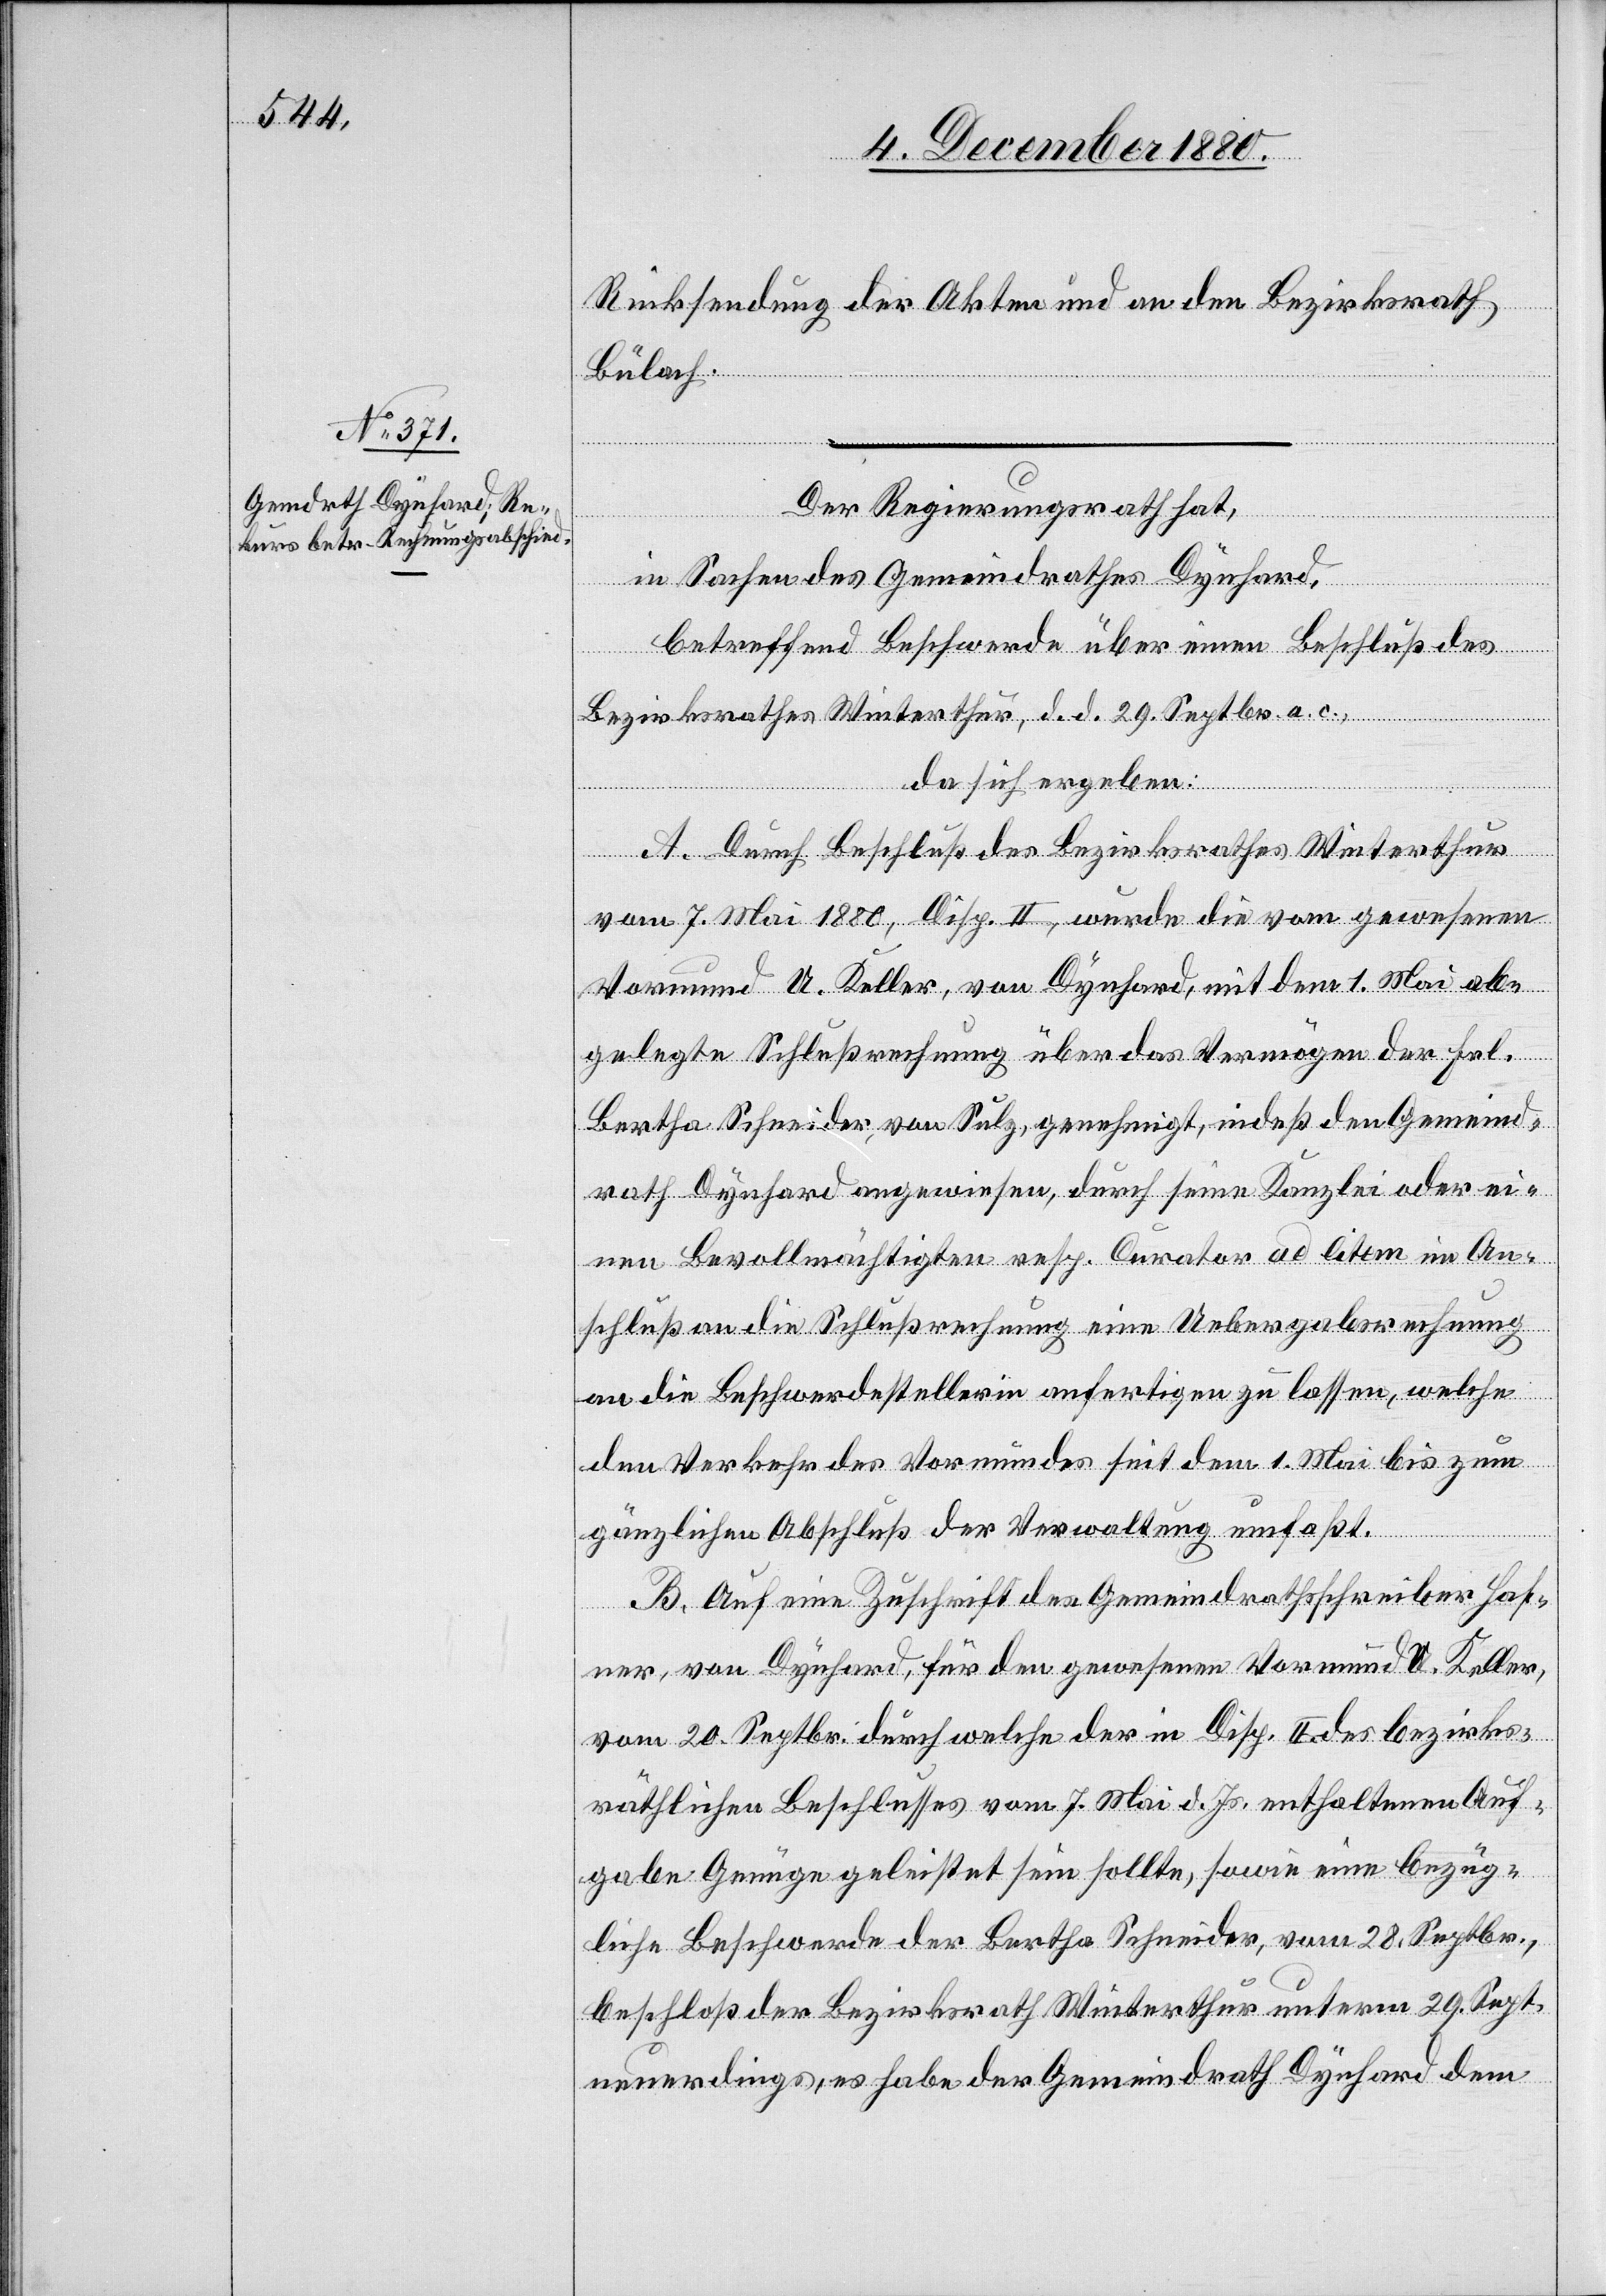
Der Regierungsrath hat,
in Sachen des Gemeindrathes Dynhard,
betreffend Beschwerde über einen Beschluß des
Bezirksrathes Winterthur, d. d. 29. Septbr. a. c.,
da sich ergeben:
A. Durch Beschluß des Bezirksrathes Winterthur
vom 7. Mai 1880, Disp. II, wurde die vom gewesenen
Vormund U. Keller, von Dynhard, mit dem 1. Mai ab¬
gelegte Schlußrechnung über das Vermögen der Fr.
Bertha Schneider, von Sulz, genehmigt, indeß den Gemeind¬
rath Dynhard angewiesen, durch seine Kanzlei oder ei¬
nen Bevollmächtigten resp. Curator ad litem in An¬
schluß an die Schlußrechnung eine Uebergabsrechnung
an die Beschwerdestellerin anfertigen zu lassen, welche
den Verkehr des Vormundes seit dem 1. Mai bis zum
gänzlichen Abschluß der Verwaltung umfaßt.
B. Auf eine Zuschrift des Gemeindrathsschreiber Haf¬
ner, von Dynhard, für den gewesenen Vormund U. Keller,
vom 20. Septbr. durch welche der in Disp. II. des bezirks¬
räthlichen Beschlusses vom 7. Mai d. Js. enthaltenen Auf¬
gabe Genüge geleistet sein sollte, sowie eine bezüg¬
liche Beschwerde der Bertha Schneider, vom 28. Septbr.,
beschloß der Bezirksrath Winterthur unterm 29. Septbr.
neuerdings, es habe der Gemeindrath Dynhard dem